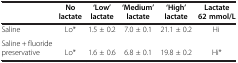
<table><thead><tr><td><b> </b></td><td><b>No lactate</b></td><td><b>‘Low’ lactate</b></td><td><b>‘Medium’ lactate</b></td><td><b>‘High’ lactate</b></td><td><b>Lactate 62 mmol/L</b></td></tr></thead><tbody><tr><td>Saline</td><td>Lo*</td><td>1.5 ± 0.2</td><td>7.0 ± 0.1</td><td>21.1 ± 0.2</td><td>Hi </td></tr><tr><td>Saline + fluoride preservative</td><td>Lo*</td><td>1.6 ± 0.6</td><td>6.8 ± 0.1</td><td>19.8 ± 0.2</td><td>Hi*</td></tr></tbody></table>